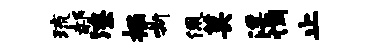
琉郝潦掘嘶佩莫淫惆止